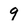
Character: 9